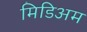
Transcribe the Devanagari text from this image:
मिडिअम